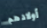
أولادهم